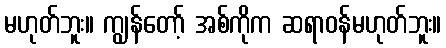
မဟုတ်ဘူး။ ကျွန်တော့် အစ်ကိုက ဆရာဝန်မဟုတ်ဘူး။